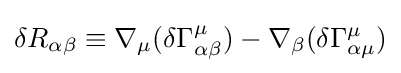
\delta R_{\alpha \beta }\equiv \nabla _{\mu }(\delta \Gamma _{\alpha \beta }^{\mu })-\nabla _{\beta }(\delta \Gamma _{\alpha \mu }^{\mu })